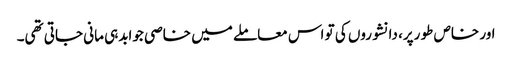
اور خاص طو رپر، دانشوروں کی تو اس معاملے میں خاصی جوابدہی مانی جاتی تھی۔